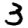
Digit: 3